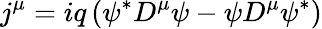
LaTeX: j^{\mu}=iq\left(\psi^{\ast}D^{\mu}\psi-\psi D^{\mu}\psi^{\ast}\right)